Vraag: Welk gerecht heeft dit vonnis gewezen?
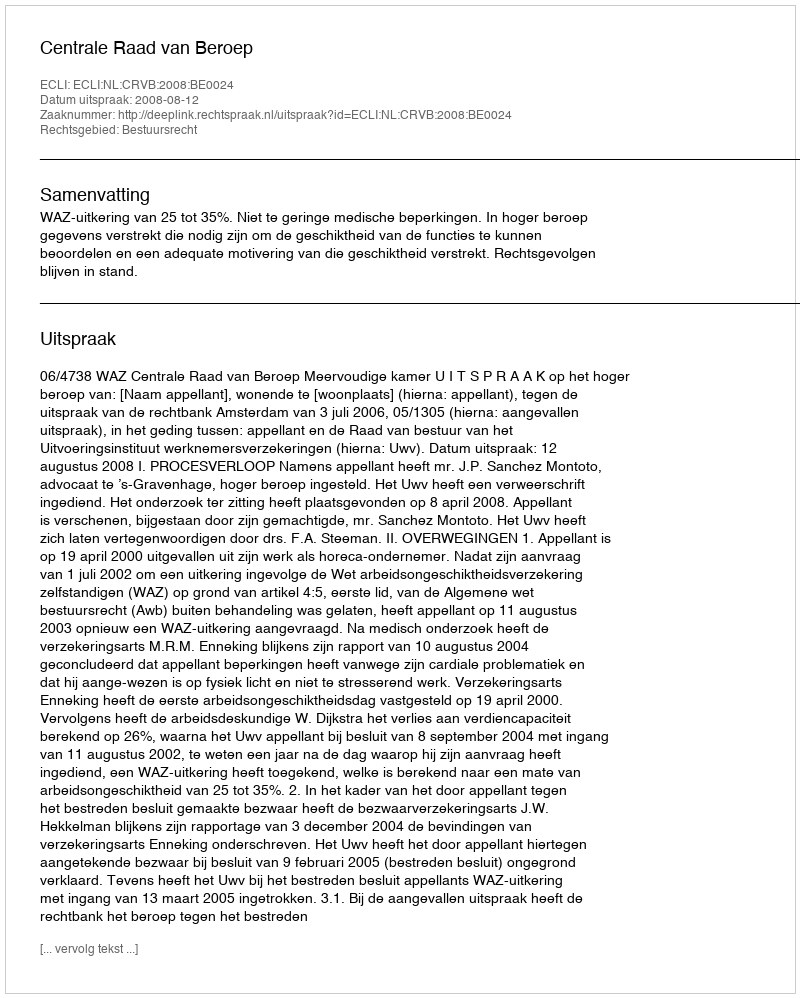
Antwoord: Centrale Raad van Beroep